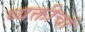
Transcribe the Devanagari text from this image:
व्यक्तीचां